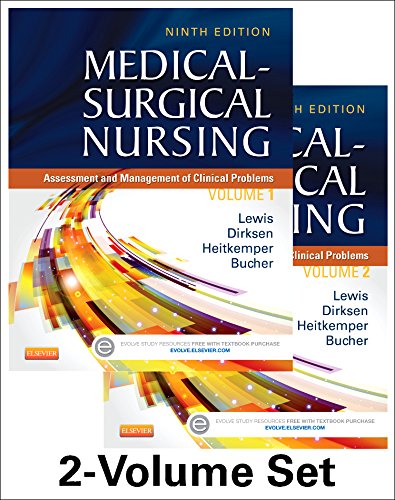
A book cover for Medical-Surgical Nursing - 2-Volume Set: Assessment and Management of Clinical Problems, 9e (Medical- Surgical Nursing (Lewis) 2 Vol Set); Sharon L. Lewis RN  PhD  FAAN; Medical Books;